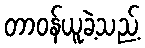
တာဝန်ယူခဲ့သည့်